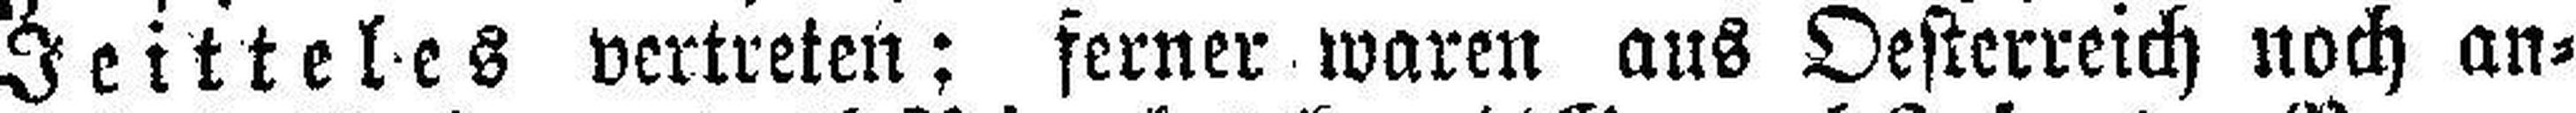
Jeitteles vertreten; ferner waren aus Oesterreich noch an¬